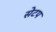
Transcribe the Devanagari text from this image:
सेटप